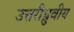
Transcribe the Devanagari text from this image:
उत्तरीध्रुवीय